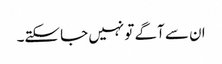
ان سے آگے تو نہیں جا سکتے۔